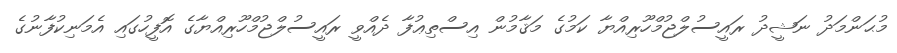
މުޙަންމަދު ނަޝީދު ރައީސުލްޖުމްހޫރިއްޔާ ކަމުގެ މަޤާމުން އިސްތިޢުފާ ދެއްވީ ރައީސުލްޖުމްހޫރިއްޔާގެ އޮފީހުގައި އެމަނިކުފާނުގެ